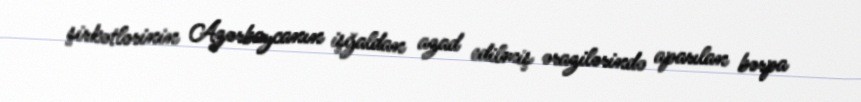
şirkətlərinin Azərbaycanın işğaldan azad edilmiş ərazilərində aparılan bərpa